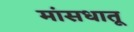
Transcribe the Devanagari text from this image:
मांसधातू